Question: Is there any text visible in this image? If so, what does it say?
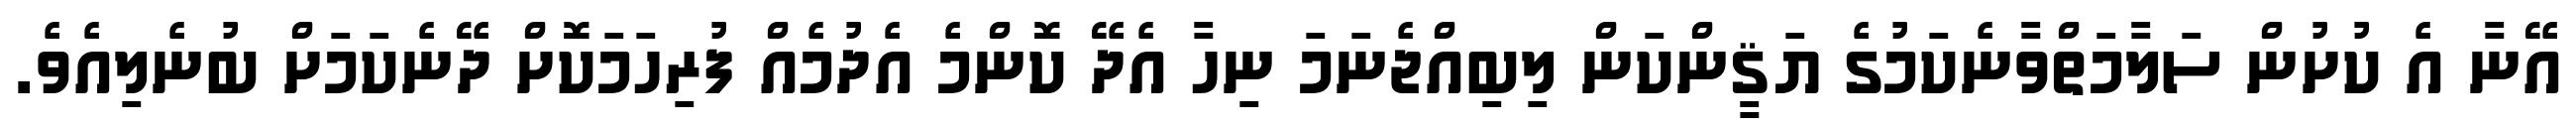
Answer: އޭނާ އެ ކުށުން ސަލާމަތްވާނެކަމުގެ ޔަޤީންކަން ލިބިއްޖެނަމަ ނިހާ އެދޭ ކޮންމެ އެދުމެއް ފުރިހަމަކޮށް ދޭނެކަމަށް ބުނެލިއެވެ.